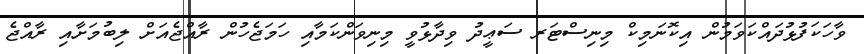
ވާހަކަފުޅުދައްކަވަމުން އިކޮނަމިކް މިނިސްޓަރ ސަޢީދު ވިދާޅުވީ މިނިވަންކަމާއި ހަމަޖެހުން ރާއްޖެއަށް ލިބުމަށާއި ރާއްޖެ